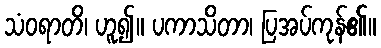
သံဝရာတိ၊ ဟူ၍။ ပကာသိတာ၊ ပြအပ်ကုန်၏။